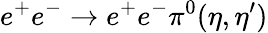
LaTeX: e^{+}e^{-}\rightarrow e^{+}e^{-}\pi^{0}(\eta,\eta^{\prime})